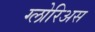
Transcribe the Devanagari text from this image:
ग्लोरिअस